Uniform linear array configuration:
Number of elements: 12
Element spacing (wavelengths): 0.5
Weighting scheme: uniform
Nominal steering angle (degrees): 0
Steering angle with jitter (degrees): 0.728
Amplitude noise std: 0.05
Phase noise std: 0.05

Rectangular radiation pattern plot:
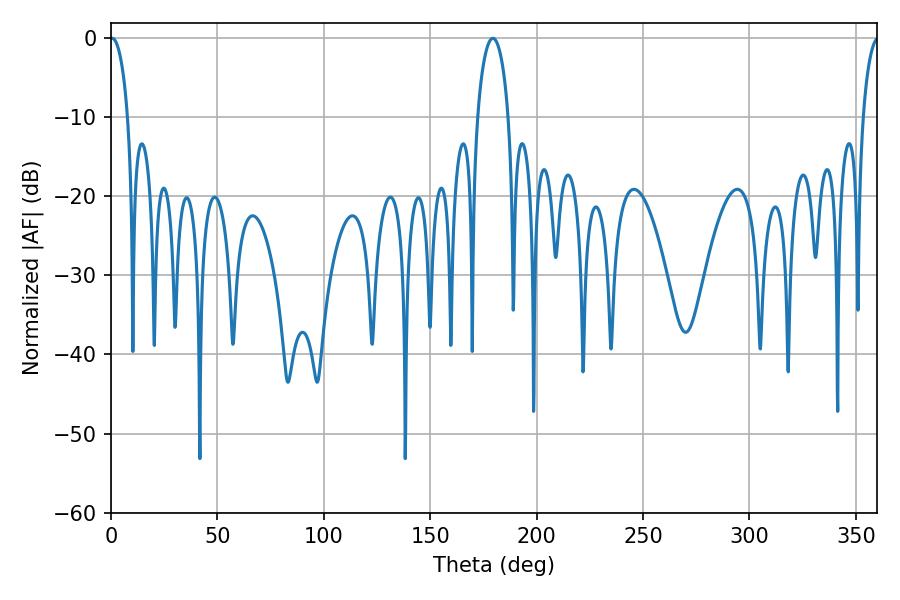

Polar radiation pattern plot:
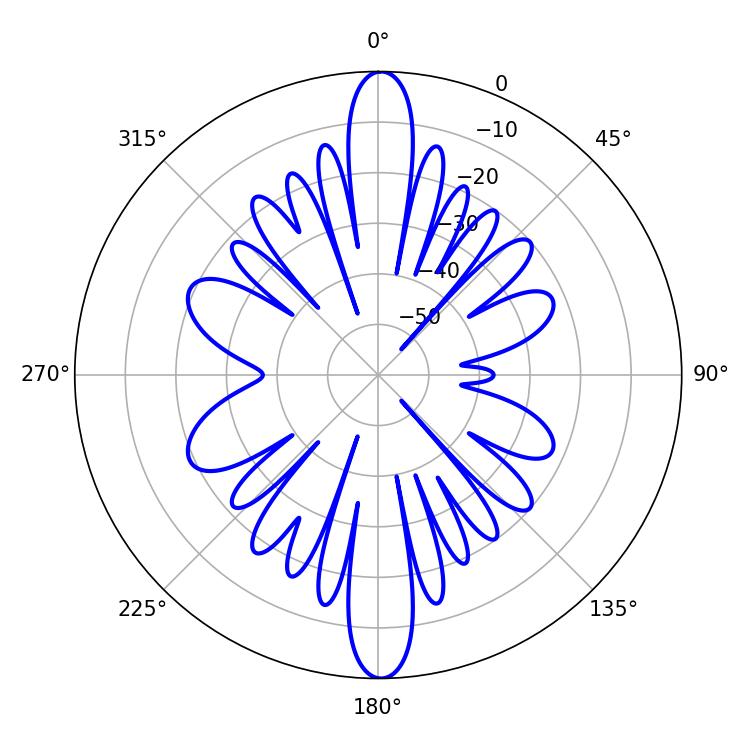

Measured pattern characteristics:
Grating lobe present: FALSE
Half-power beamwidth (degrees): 4.68
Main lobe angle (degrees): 0.54